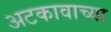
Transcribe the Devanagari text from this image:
अटकावाच्या